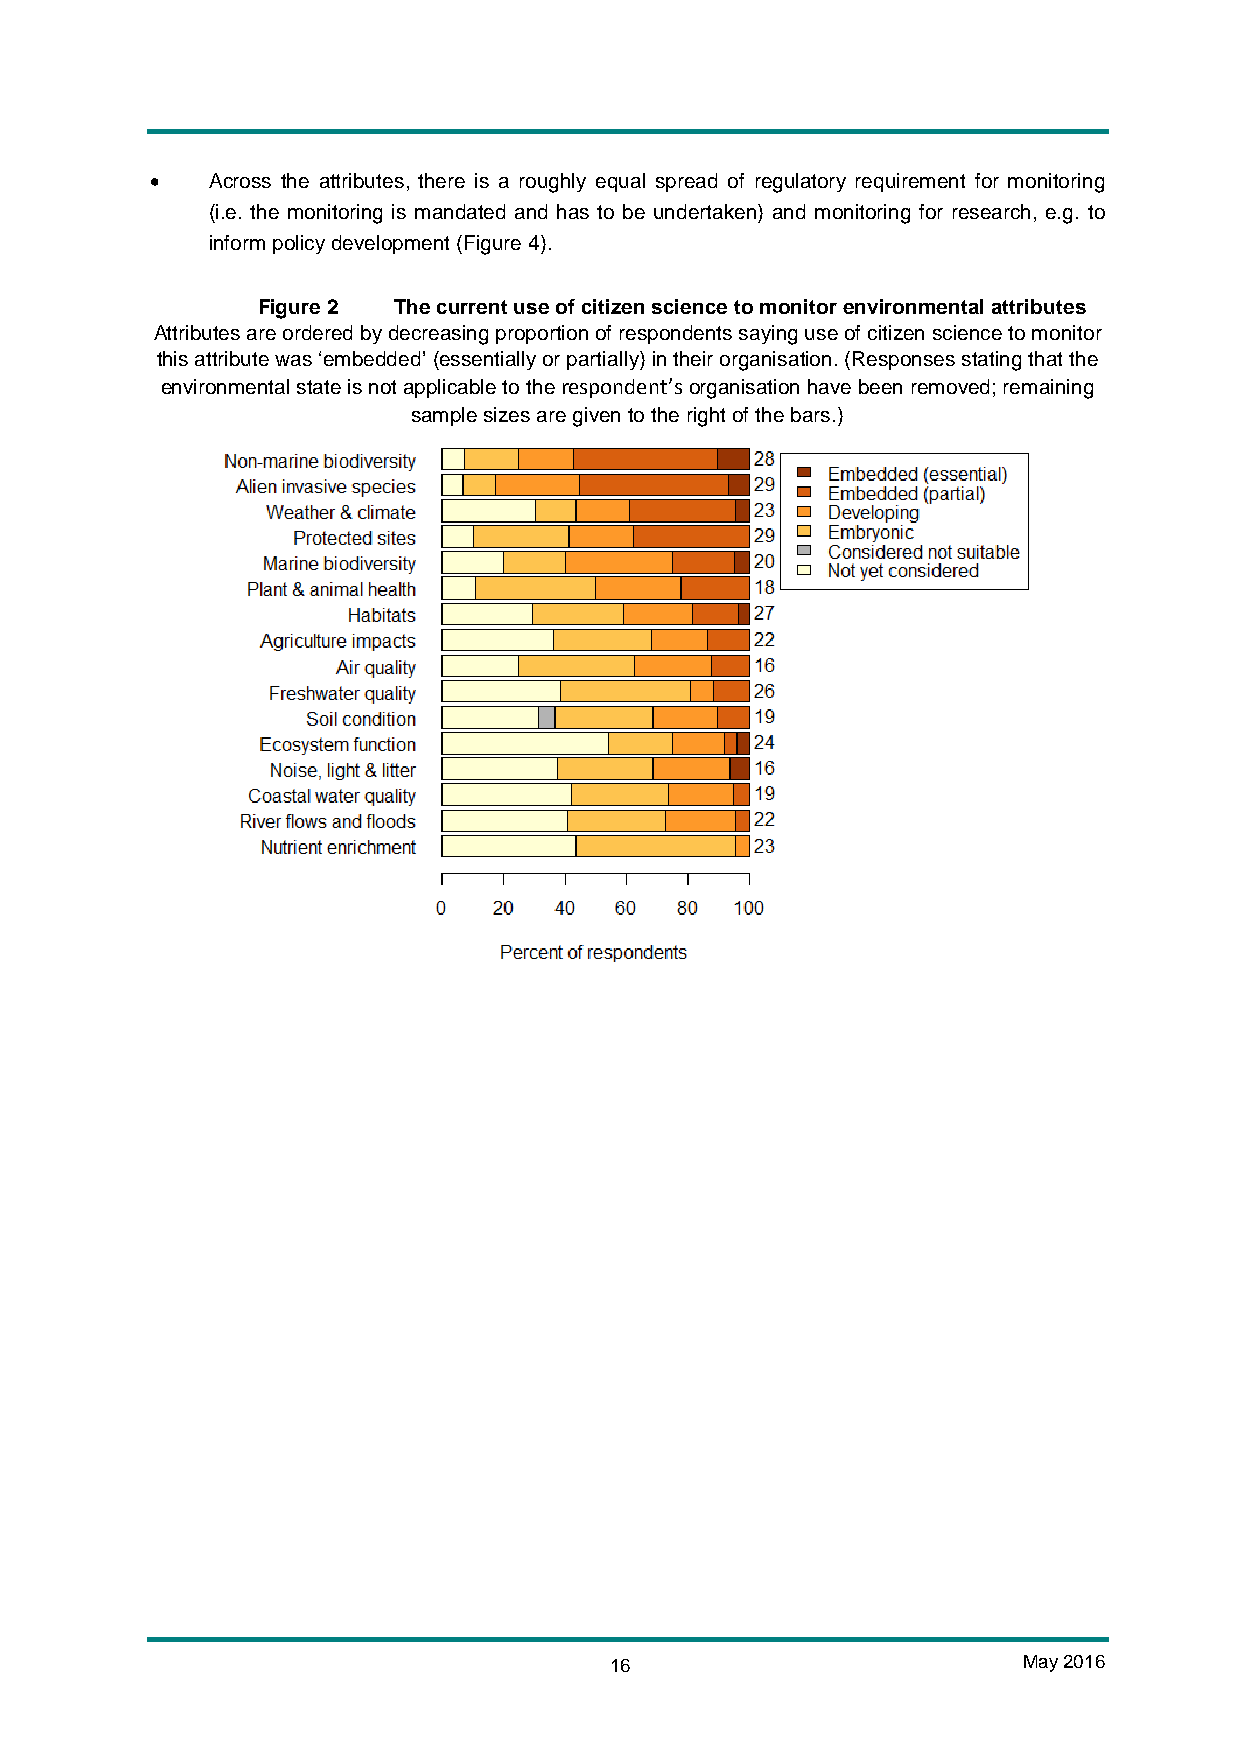
•   Across the attributes, there is a roughly equal spread of regulatory requirement for monitoring
 (i.e. the monitoring is mandated and has to be undertaken) and monitoring for research, e.g. to
 inform policy development (Figure 4).
 Figure 2 The current use of citizen science to monitor environmental attributes
 Attributes are ordered by decreasing proportion of respondents saying use of citizen science to monitor
 this attribute was ‘embedded’ (essentially or partially) in their organisation. (Responses stating that the
 environmental state is not applicable to the respondent’s organisation have been removed; remaining
 sample sizes are given to the right of the bars.)
 16                          May 2016